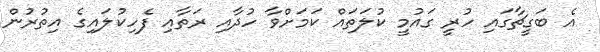
އެ ބަގީޗާގައި ހުރީ ގައުމީ ކުލަތައް ކަމަށްވާ ހުދާއި ރަތާއި ފެހިކުލައިގެ އިތުރުން